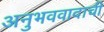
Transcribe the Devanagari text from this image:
अनुभववादाची